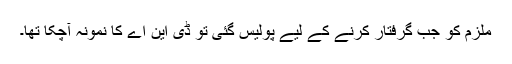
ملزم کو جب گرفتار کرنے کے لیے پولیس گئی تو ڈی این اے کا نمونہ آچکا تھا۔